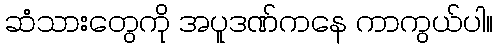
ဆံသားတွေကို အပူဒဏ်ကနေ ကာကွယ်ပါ။